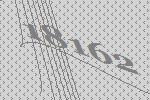
18162